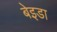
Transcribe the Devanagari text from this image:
बेइडा